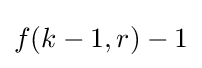
f(k-1,r)-1